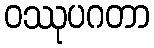
ဝဿုပဂတာ